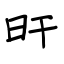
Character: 旰